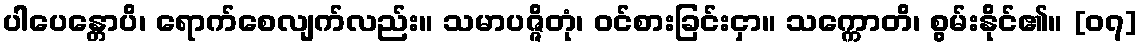
ပါပေန္တောပိ၊ ရောက်စေလျက်လည်း။ သမာပဇ္ဇိတုံ၊ ဝင်စားခြင်းငှာ။ သက္ကောတိ၊ စွမ်းနိုင်၏။ [၀၇]